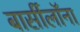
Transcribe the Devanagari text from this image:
बार्सीलॉना